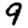
Digit: 9